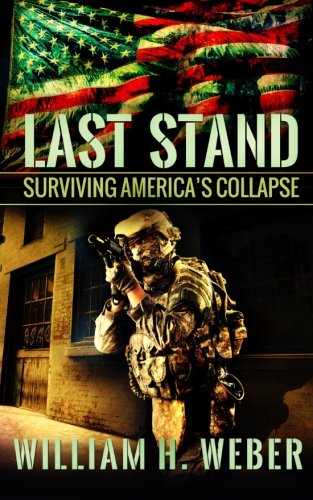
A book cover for Last Stand: Surviving America's Collapse; William H. Weber; Science Fiction & Fantasy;